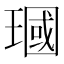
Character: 𪼓